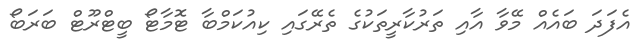
އެފަދަ ބައެއް މޭވާ އާއި ތަރުކާރީތަކުގެ ތެރޭގައި ކިއުކަމްބާ ޓޮމާޓޯ ބީޓްރޫޓް ބަރަބޯ